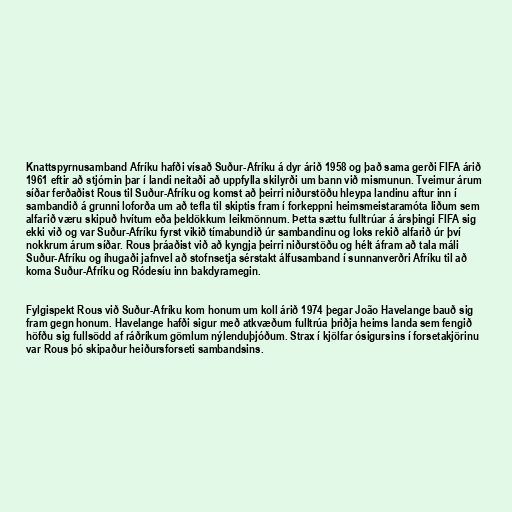
Knattspyrnusamband Afríku hafði vísað Suður-Afríku á dyr árið 1958 og það sama gerði FIFA árið
1961 eftir að stjórnin þar í landi neitaði að uppfylla skilyrði um bann við mismunun. Tveimur árum
síðar ferðaðist Rous til Suður-Afríku og komst að þeirri niðurstöðu hleypa landinu aftur inn í
sambandið á grunni loforða um að tefla til skiptis fram í forkeppni heimsmeistaramóta liðum sem
alfarið væru skipuð hvítum eða þeldökkum leikmönnum. Þetta sættu fulltrúar á ársþingi FIFA sig
ekki við og var Suður-Afríku fyrst vikið tímabundið úr sambandinu og loks rekið alfarið úr því
nokkrum árum síðar. Rous þráaðist við að kyngja þeirri niðurstöðu og hélt áfram að tala máli
Suður-Afríku og íhugaði jafnvel að stofnsetja sérstakt álfusamband í sunnanverðri Afríku til að
koma Suður-Afríku og Ródesíu inn bakdyramegin.

Fylgispekt Rous við Suður-Afríku kom honum um koll árið 1974 þegar João Havelange bauð sig
fram gegn honum. Havelange hafði sigur með atkvæðum fulltrúa þriðja heims landa sem fengið
höfðu sig fullsödd af ráðríkum gömlum nýlenduþjóðum. Strax í kjölfar ósigursins í forsetakjörinu
var Rous þó skipaður heiðursforseti sambandsins.